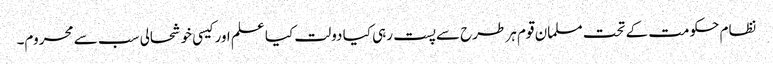
نظام حکومت کے تحت مسلمان قوم ہر طرح سے پست رہی کیا دولت کیا علم اور کیسی خوشحالی سب سے محروم۔